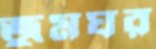
জুমঘর